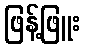
ဖြန့်ဖြူး